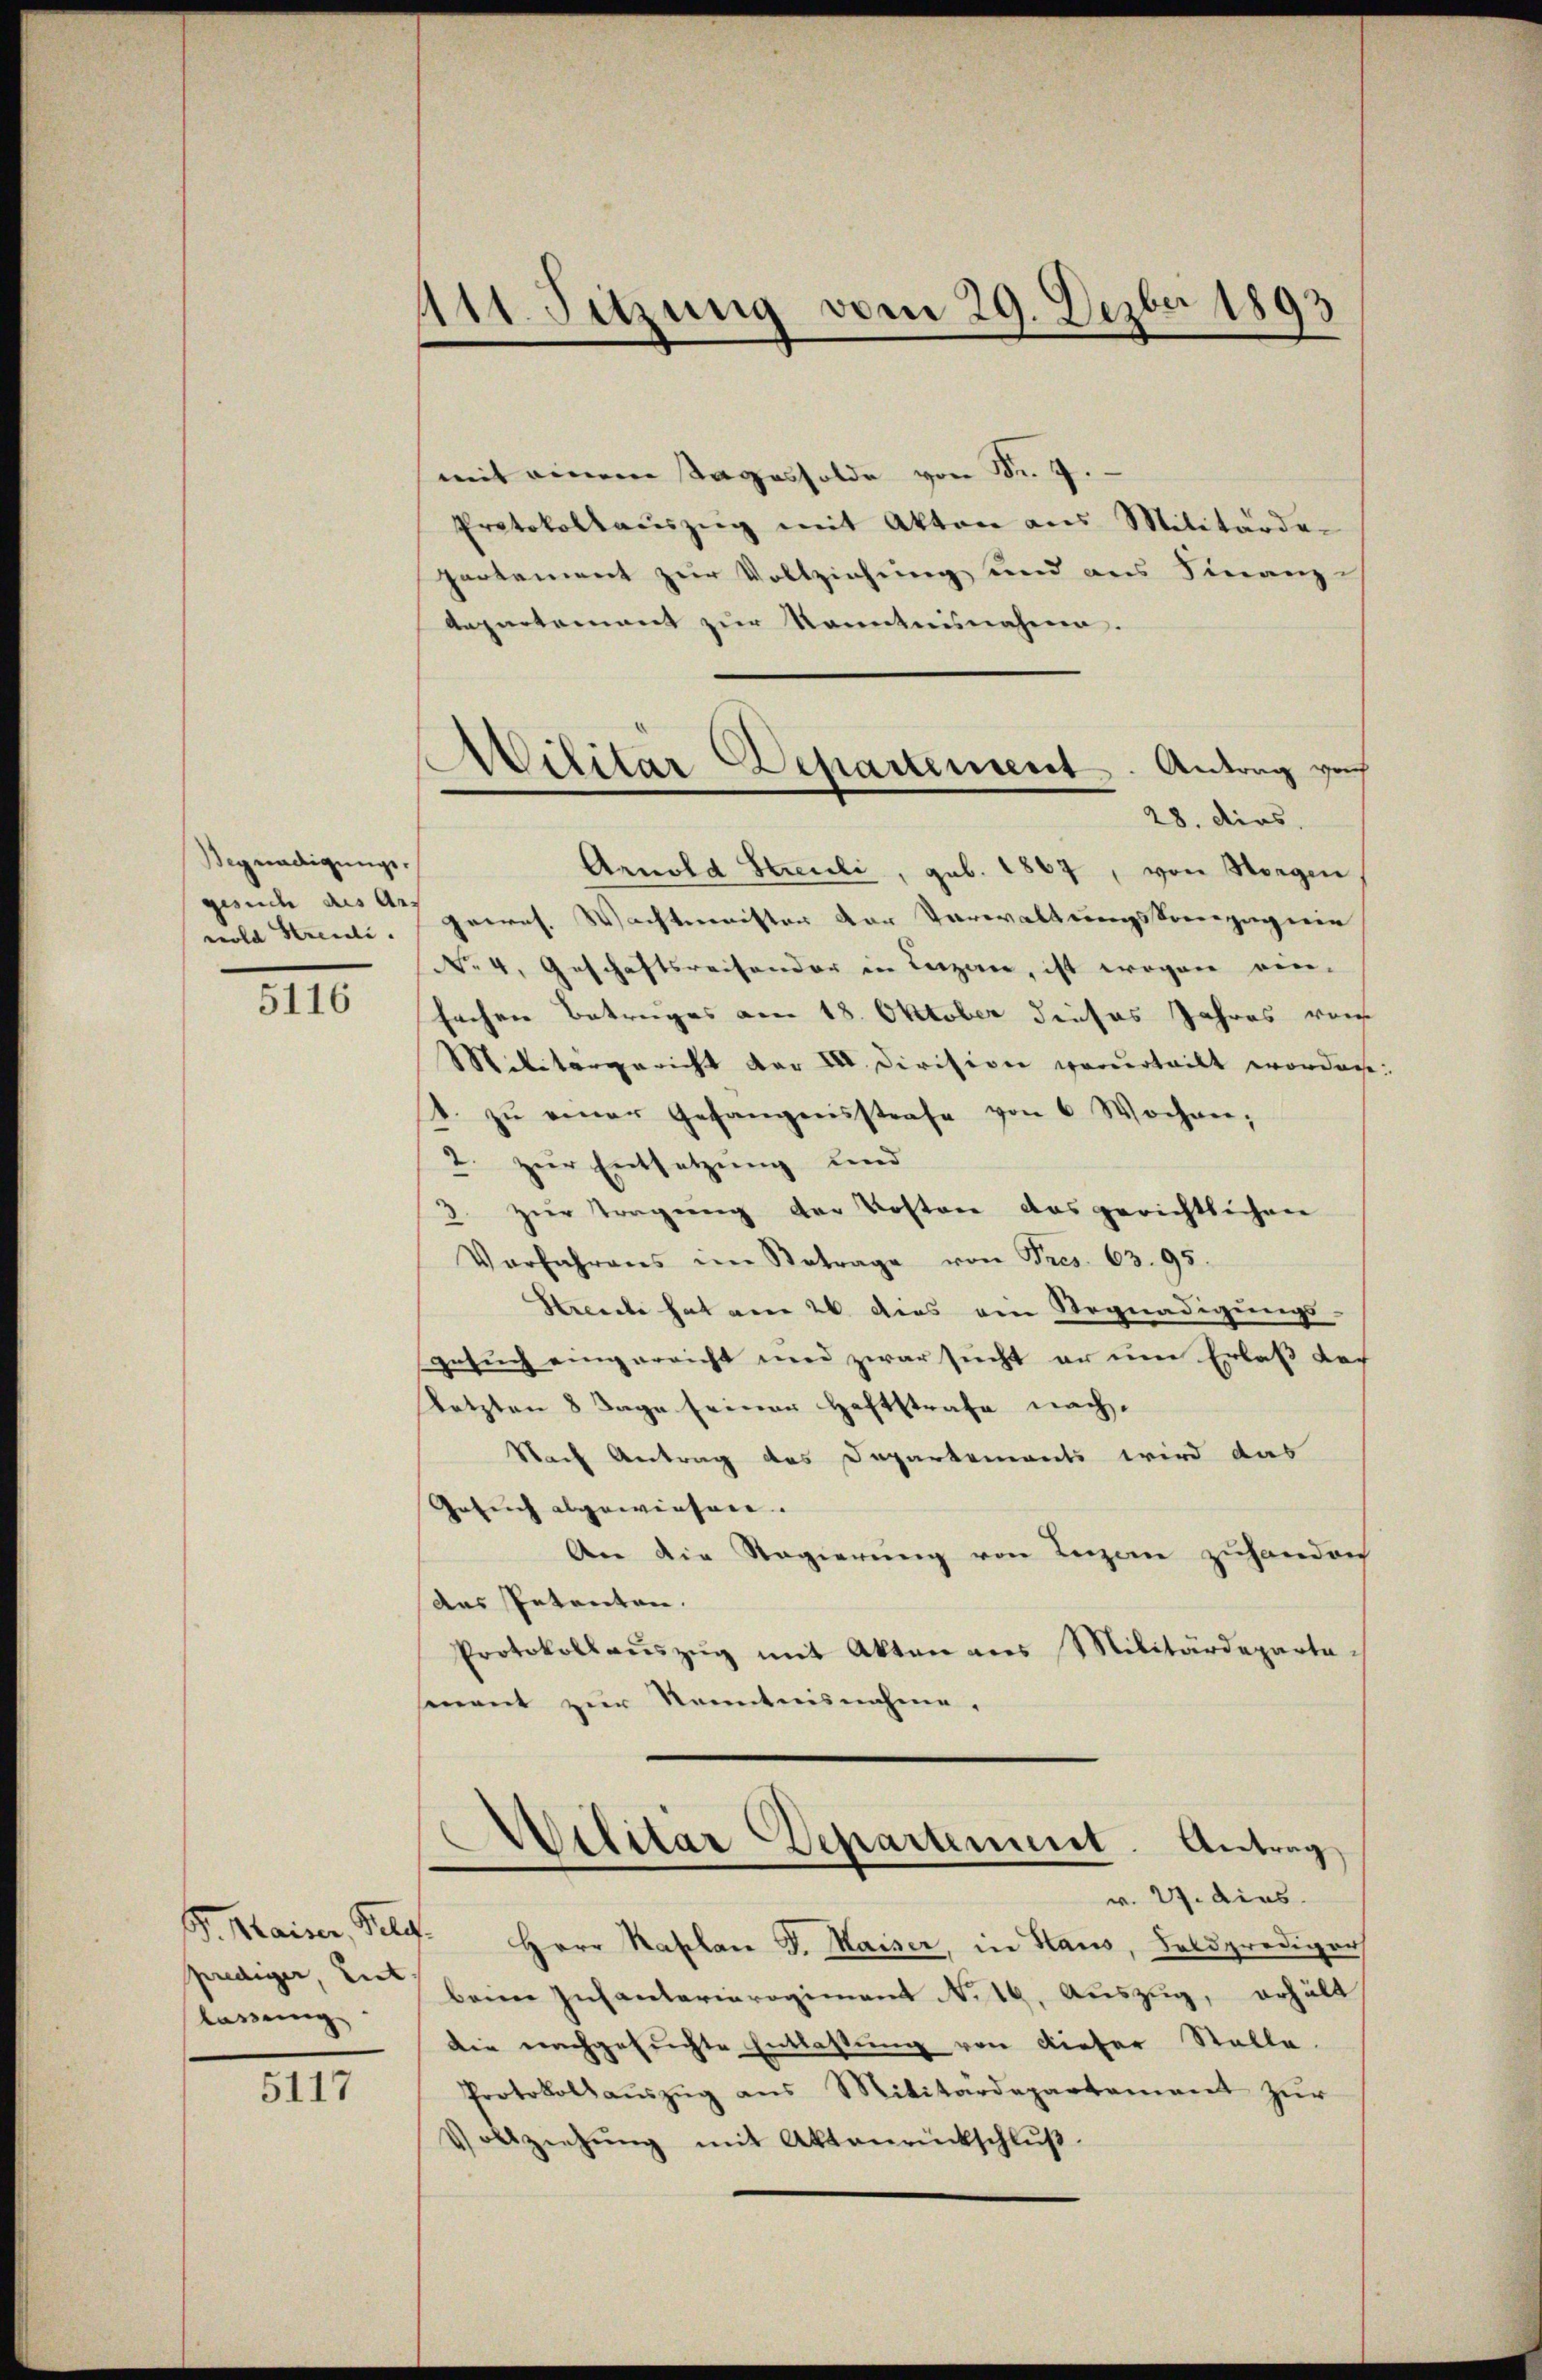
Begnadigungswold Streidli.

5116

prediger, Let
lassung

5117

111. Sitzung vom 29. Dezbr 1893

mit einem Tagessolde von Nr. 7.
Protokollaŭszŭg mit Akten aus Militärde-
partement zur Vollziehung und aus Finanz-
Aepartement zur Kenntnisnahme.
Arnold Streuli, geb. 1867, von Horgen
gesuche des a porres. Wachtmeister der Verwaltungskompagnie
No. 4. Geschäftsreisender in Luzen, ist wegen ein-
fachen Betruges am 18. Oktober dieses Jahres von
Militärgericht der III Division verurteilt worden
1. zŭ einer Gefangensstrafe von 6 Wochen,
2. zur Entsetzung und
zur Tragung der Kosten das gerichtlichen
Vorfahrens im Betrage von Fres. 63. 95.
Hrcele hat am 26. dies ein Begnadigungs-
Gesuch eingereicht und zwar sucht er um Erlaß doch
Letzten 8 Tage seiner Haftstrafe nach¬
Nach Antrag des Departements wird das
Gesuch abgewiesen.
An die Regierŭng von Luzern zuhanden
Das Petenten.
Protokollaŭszŭg mit Akten aus Militärdeparta-
sement zŭr Kenntnisnahme.

Militär Departement. Antrag vorh
28. dies

G. Kaiser, Pelz. Herr Kaplan J. Maiser, in Haus, Feldprediger
beim Infantarieregiment No 14. Auszug, erhält
Die nachgesuchte Entlassung von dieser Stelle.
Protokoll aŭszŭg ans Militärdepartement zŭr
abziehŭng mit Aktenrückschlŭβ

Militär Departement. Antrag
v. 27. dies

.